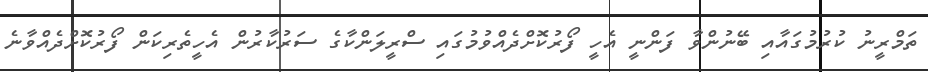
ތަމްރީނު ކުރުމުގައާއި ބޭނުންވާ ފަންނީ އެހީ ފޯރުކޮށްދެއްވުމުގައި ސްރީލަންކާގެ ސަރުކާރުން އެހީތެރިކަން ފޯރުކޮށްދެއްވާނެ